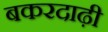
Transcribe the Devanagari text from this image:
बकरदाढ़ी